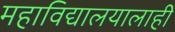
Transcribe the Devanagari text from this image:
महाविद्यालयालाही